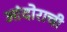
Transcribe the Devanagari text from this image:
आंदोराची